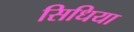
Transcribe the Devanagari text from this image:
सिधिया